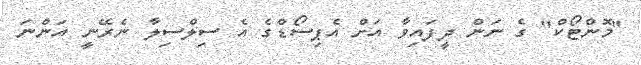
"މޮންޓޯކް" ގެ ނަން ދީފައިވާ އަށް އެޕިސޯޑްގެ އެ ސިލްސިލާ ނެރޭނީ އަންނަ